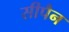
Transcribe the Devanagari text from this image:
सीपैन